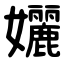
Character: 孋